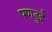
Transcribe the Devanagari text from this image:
पणडुई